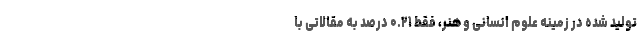
تولید شده در زمینه علوم انسانی و هنر، فقط ۰.۲۱ درصد به مقالاتی با